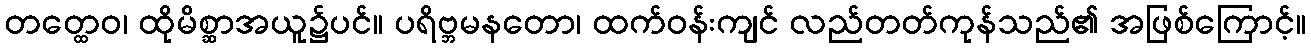
တတ္ထေဝ၊ ထိုမိစ္ဆာအယူ၌ပင်။ ပရိဗ္ဘမနတော၊ ထက်ဝန်းကျင် လည်တတ်ကုန်သည်၏ အဖြစ်ကြောင့်။